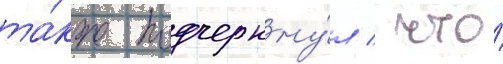
та́кже подчеркну́л / что́